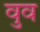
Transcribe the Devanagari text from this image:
वुव